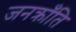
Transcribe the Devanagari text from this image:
जनक्राँति